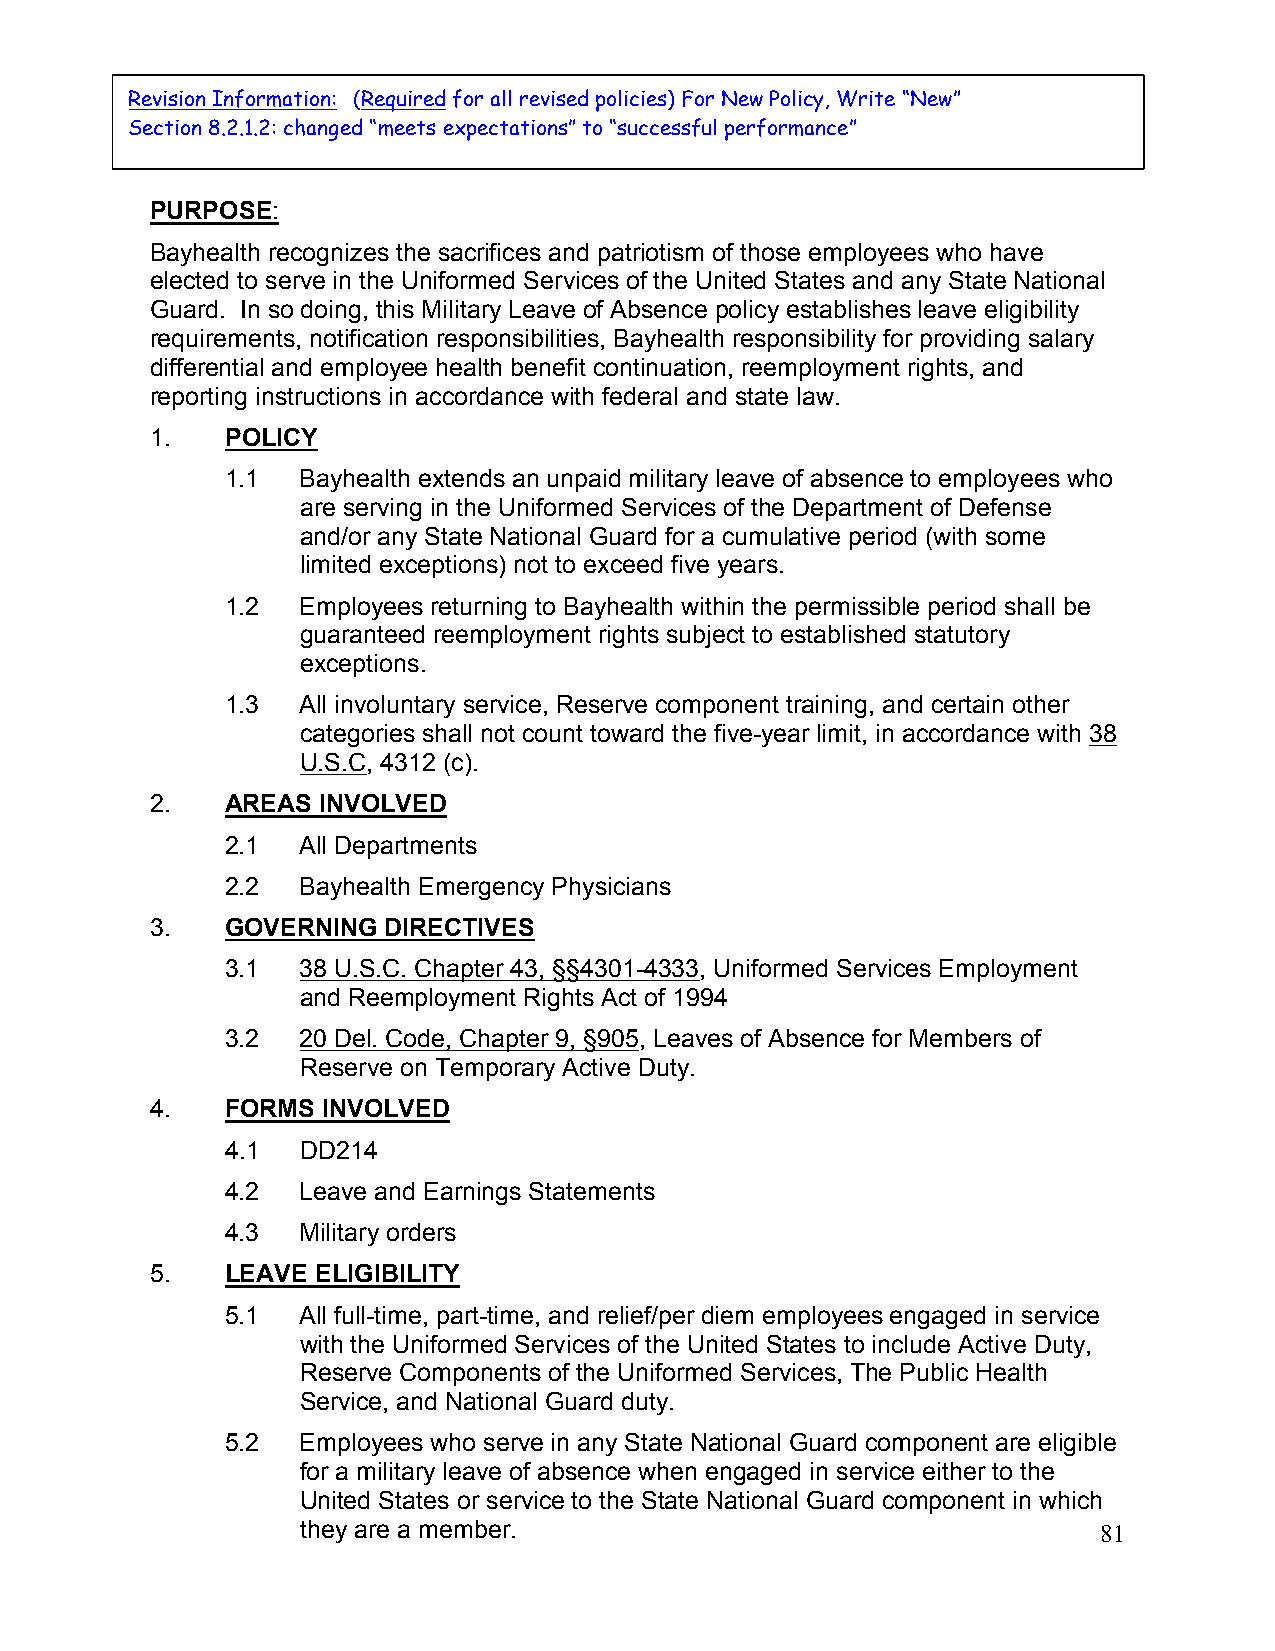
7-02-17
 Revision Information: (Required for all revised policies) For New Policy, Write “New”
 Section 8.2.1.2: changed “meets expectations” to “successful performance”
 PURPOSE:
 Bayhealth recognizes the sacrifices and patriotism of those employees who have
 elected to serve in the Uniformed Services of the United States and any State National
 Guard. In so doing, this Military Leave of Absence policy establishes leave eligibility
 requirements, notification responsibilities, Bayhealth responsibility for providing salary
 differential and employee health benefit continuation, reemployment rights, and
 reporting instructions in accordance with federal and state law.
 1.   POLICY
 1.1  Bayhealth extends an unpaid military leave of absence to employees who
 are serving in the Uniformed Services of the Department of Defense
 and/or any State National Guard for a cumulative period (with some
 limited exceptions) not to exceed five years.
 1.2  Employees returning to Bayhealth within the permissible period shall be
 guaranteed reemployment rights subject to established statutory
 exceptions.
 1.3  All involuntary service, Reserve component training, and certain other
 categories shall not count toward the five-year limit, in accordance with 38
 U.S.C, 4312 (c).
 2.   AREAS INVOLVED
 2.1  All Departments
 2.2  Bayhealth Emergency Physicians
 3.   GOVERNING DIRECTIVES
 3.1  38 U.S.C. Chapter 43, §§4301-4333, Uniformed Services Employment
 and Reemployment Rights Act of 1994
 3.2  20 Del. Code, Chapter 9, §905, Leaves of Absence for Members of
 Reserve on Temporary Active Duty.
 4.   FORMS INVOLVED
 4.1  DD214
 4.2  Leave and Earnings Statements
 4.3  Military orders
 5.   LEAVE ELIGIBILITY
 5.1  All full-time, part-time, and relief/per diem employees engaged in service
 with the Uniformed Services of the United States to include Active Duty,
 Reserve Components of the Uniformed Services, The Public Health
 Service, and National Guard duty.
 5.2  Employees who serve in any State National Guard component are eligible
 for a military leave of absence when engaged in service either to the
 United States or service to the State National Guard component in which
 they are a member.
 81